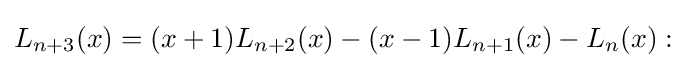
L_{n+3}(x)=(x+1)L_{n+2}(x)-(x-1)L_{n+1}(x)-L_{n}(x):